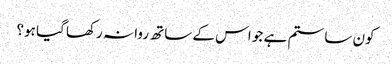
کون سا ستم ہے جو اس کے ساتھ روا نہ رکھا گیا ہو؟